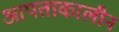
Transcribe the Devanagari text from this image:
आपताकालीन